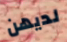
لديهن